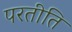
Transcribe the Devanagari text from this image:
परतीति